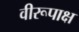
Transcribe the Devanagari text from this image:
वीरूपाक्ष